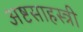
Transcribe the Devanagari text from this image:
अष्टसाहस्त्री